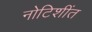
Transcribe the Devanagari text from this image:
नोटिशींत